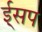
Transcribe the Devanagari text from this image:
ई्सप